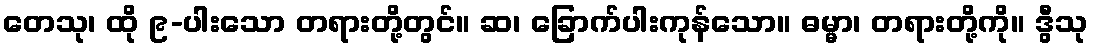
တေသု၊ ထို ၉-ပါးသော တရားတို့တွင်။ ဆ၊ ခြောက်ပါးကုန်သော။ ဓမ္မာ၊ တရားတို့ကို။ ဒွီသု